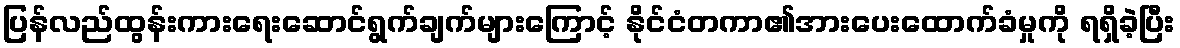
ပြန်လည်ထွန်းကားရေးဆောင်ရွက်ချက်များကြောင့် နိုင်ငံတကာ၏အားပေးထောက်ခံမှုကို ရရှိခဲ့ပြီး